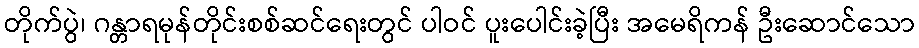
တိုက်ပွဲ၊ ဂန္တာရမုန်တိုင်းစစ်ဆင်ရေးတွင် ပါဝင် ပူးပေါင်းခဲ့ပြီး အမေရိကန် ဦးဆောင်သော